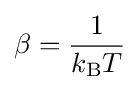
\beta ={\frac {1}{k_{\rm {B}}T}}